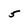
Character: 5